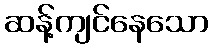
ဆန့်ကျင်နေသော